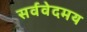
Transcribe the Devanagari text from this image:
सर्ववेदमय